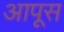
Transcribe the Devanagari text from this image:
आपूस